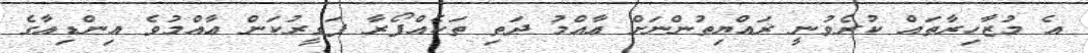
އެ މުޒާހިރާތައް ކުރެވުނީ ރައްޔިތުންނަށް ޢާއްމު ދަތި ތަކެއްފޯރާ ފަގީރުކަން ޢާއްމުވެ އިންޑިއާގެ